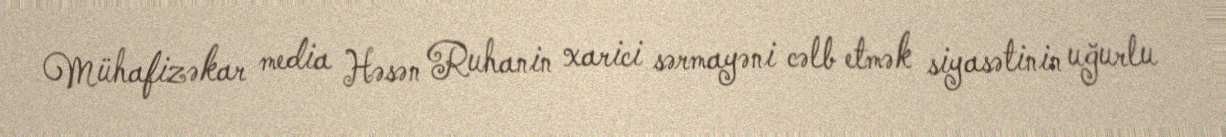
Mühafizəkar media Həsən Ruhanin xarici sərmayəni cəlb etmək siyasətinin uğurlu